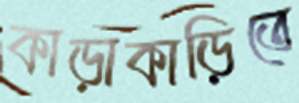
কাড়াকাড়িতে